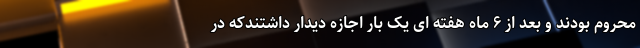
محروم بودند و بعد از ۶ ماه هفته ای یک بار اجازه دیدار داشتندکه در